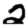
Digit: 2